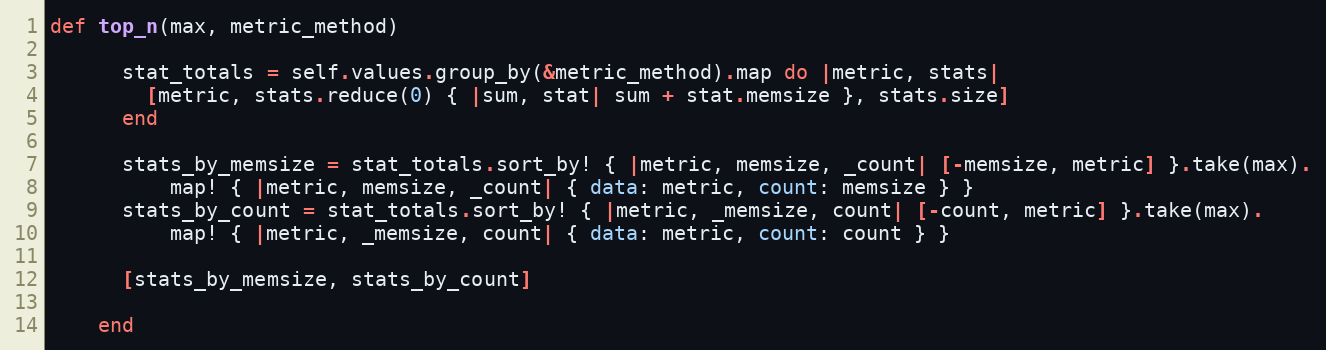
Language: Ruby
def top_n(max, metric_method)

      stat_totals = self.values.group_by(&metric_method).map do |metric, stats|
        [metric, stats.reduce(0) { |sum, stat| sum + stat.memsize }, stats.size]
      end

      stats_by_memsize = stat_totals.sort_by! { |metric, memsize, _count| [-memsize, metric] }.take(max).
          map! { |metric, memsize, _count| { data: metric, count: memsize } }
      stats_by_count = stat_totals.sort_by! { |metric, _memsize, count| [-count, metric] }.take(max).
          map! { |metric, _memsize, count| { data: metric, count: count } }

      [stats_by_memsize, stats_by_count]

    end